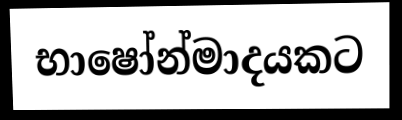
භාෂෝන්මාදයකට